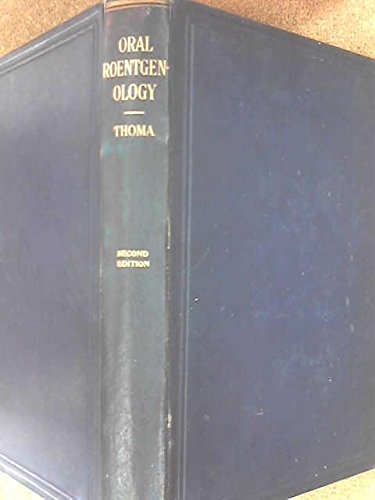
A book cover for Oral Roentgenology;: A Roentgen study of the anatomy and pathology of the oral cavity,; Kurt H Thoma; Medical Books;